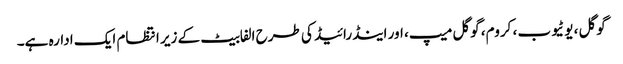
گوگل ، یوٹیوب ، کروم، گوگل میپ، اور اینڈرائیڈ کی طرح الفابیٹ کے زیر انتظام ایک ادارہ ہے۔